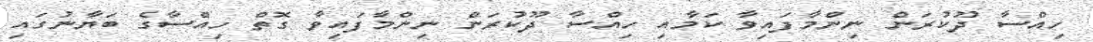
ހިއްސާ ދޫކުރަން ނިންމާފައިވާ ކަމާއި ހިއްސާ ދޫކުރަން ނިންމާފައިވާ ގޮތް ހިއްސާގެ ބަޔާނުގައި